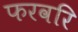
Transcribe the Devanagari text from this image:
फरवरि